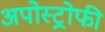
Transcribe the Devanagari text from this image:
अपोस्ट्रोफी